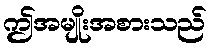
ဤအမျိုးအစားသည်